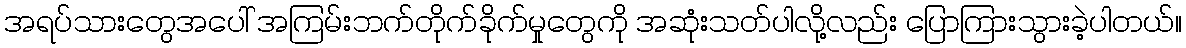
အရပ်သားတွေအပေါ် အကြမ်းဘက်တိုက်ခိုက်မှုတွေကို အဆုံးသတ်ပါလို့လည်း ပြောကြားသွားခဲ့ပါတယ်။